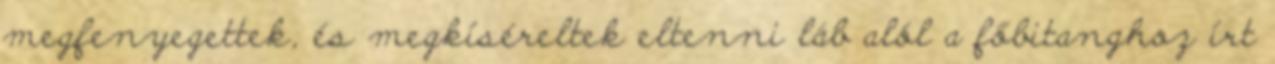
megfenyegettek, és megkíséreltek eltenni láb alól a főbitanghoz írt